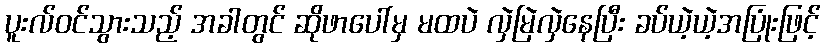
ပူးလ်ဝင်သွားသည့် အခါတွင် ဆိုဖာပေါ်မှ မထပဲ လှဲမြဲလှဲနေပြီး ခပ်ယဲ့ယဲ့အပြုံးဖြင့်